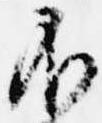
不